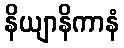
နိယျာနိကာနံ